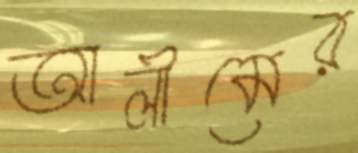
আলীমের